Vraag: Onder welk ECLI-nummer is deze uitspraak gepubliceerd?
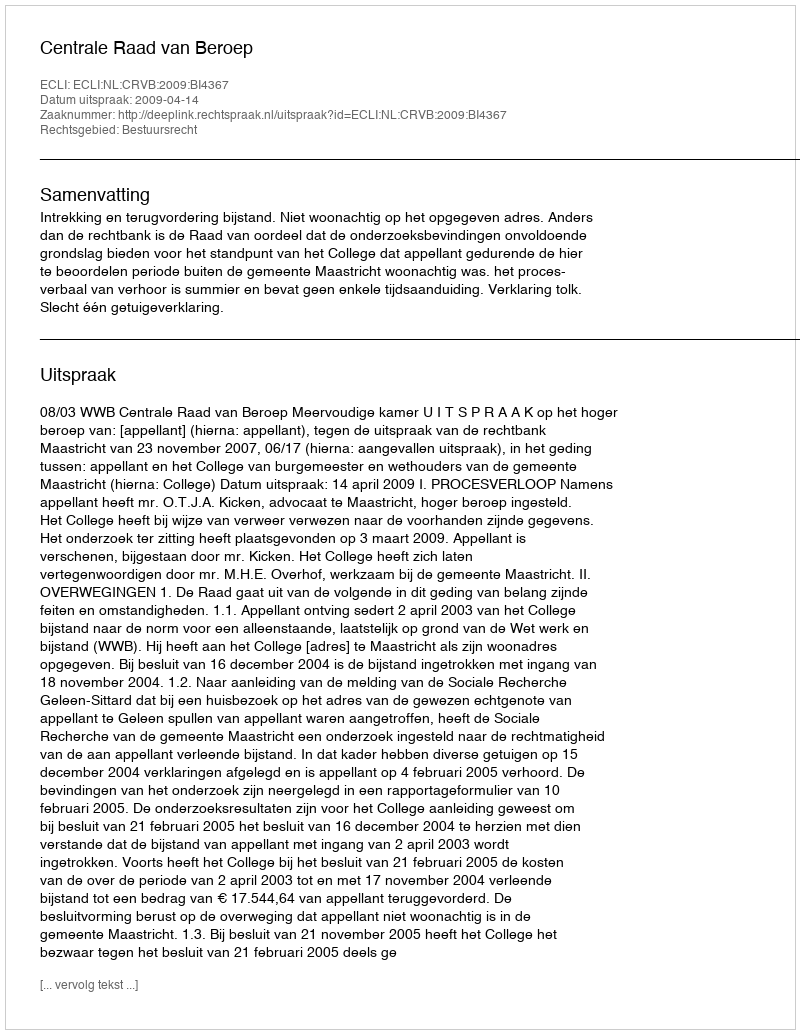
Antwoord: ECLI:NL:CRVB:2009:BI4367